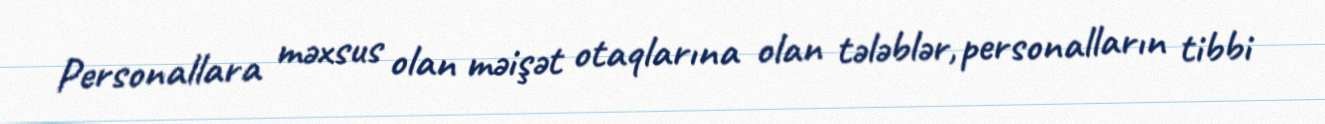
Personallara məxsus olan məişət otaqlarına olan tələblər, personalların tibbi